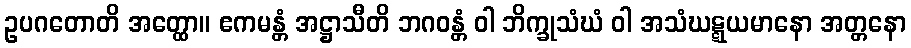
ဥပဂတောတိ အတ္ထော။ ဧကမန္တံ အဋ္ဌာသီတိ ဘဂဝန္တံ ဝါ ဘိက္ခုသံဃံ ဝါ အသံဃဋ္ဋယမာနော အတ္တနော